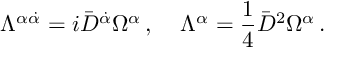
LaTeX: \Lambda ^ { \alpha \dot { \alpha } } = i \bar { D } ^ { \dot { \alpha } } \Omega ^ { \alpha } \, , \; \; \; \; \Lambda ^ { \alpha } = \frac { 1 } { 4 } \bar { D } ^ { 2 } \Omega ^ { \alpha } \, .